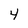
Character: 4